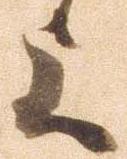
上